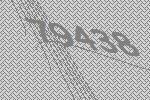
79438